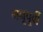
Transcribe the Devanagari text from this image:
मनूपूर्वी